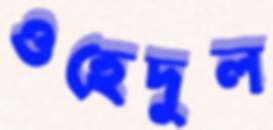
ওহেদুল